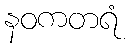
နဝကတရံ